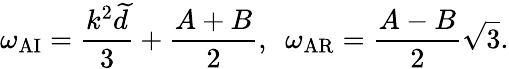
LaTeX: \omega_{\mathrm{AI}}=\frac{k^{2}\widetilde{d}}{3}+\frac{A+B}{2},~~\omega_{\mathrm{AR}}=\frac{A-B}{2}\sqrt{3}.